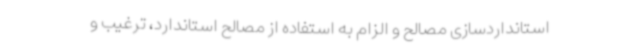
استانداردسازی مصالح و الزام به استفاده از مصالح استاندارد، ترغیب و